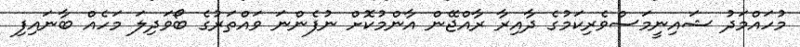
މުހައްމަދު ޝައިނީމަސްވެރިކަމުގެ ދާއިރާ ރާއްޖޭން އާންމުކޮށް ނުފެންނަ ވައްތަރުގެ ބޯވަދިލަ މަހެއް ބާނައިފި